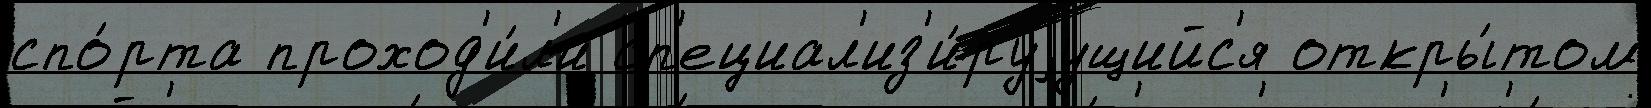
спо́рта проход'и́л'и сп'ециал'из'и́руjущийс'я откры́том